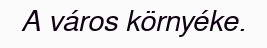
A város környéke.